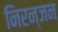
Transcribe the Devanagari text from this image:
निरन्जन